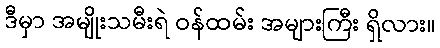
ဒီမှာ အမျိုးသမီးရဲ ဝန်ထမ်း အများကြီး ရှိလား။